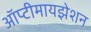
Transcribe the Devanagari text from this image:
ऑप्टीमायझेशन